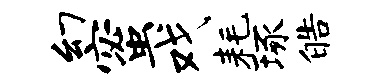
幻蜜戏耗琢皓